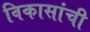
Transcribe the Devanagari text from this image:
विकासांची